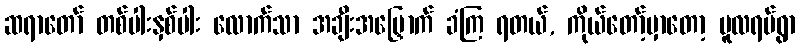
ဆရာတော် တစ်ပါးနှစ်ပါး လောက်သာ အချီးအမြှောက် ခံကြ ရတယ်, ကိုယ်တော့်မှာတော့ မူလရပ်ရွာ